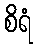
စိရံ